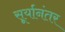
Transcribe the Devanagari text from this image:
सूर्यानंतर